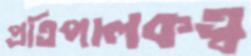
প্রতিপালকত্ব